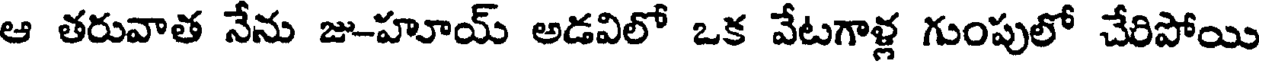
ఆ తరువాత నేను జు-హూయ్ అడవిలో ఒక వేటగాళ్ల గుంపులో చేరిపోయి